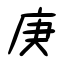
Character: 庚